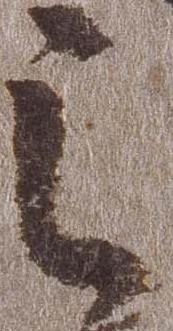
其